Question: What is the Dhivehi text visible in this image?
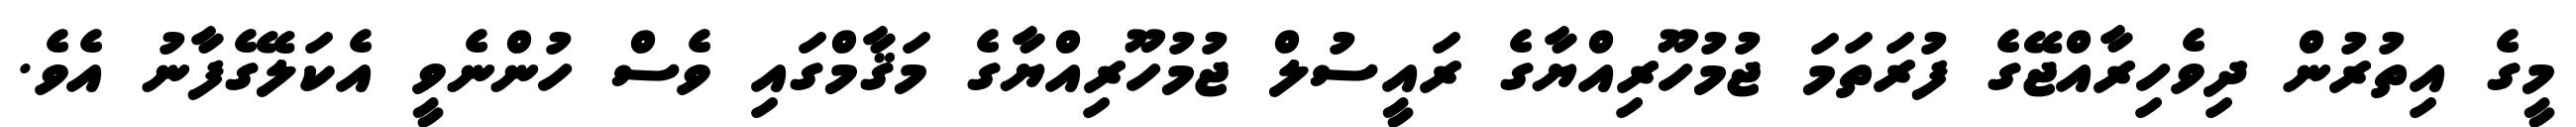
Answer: މީގެ އިތުރުން ދިވެހިރާއްޖޭގެ ފުރަތަމަ ޖުމުހޫރިއްޔާގެ ރައީސުލް ޖުމުހޫރިއްޔާގެ މަޤާމްގައި ވެސް ހުންނެވީ އެކަލޭގެފާނު އެވެ.